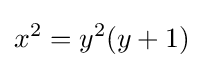
x^{2}=y^{2}(y+1)